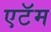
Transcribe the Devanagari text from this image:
एटॅम